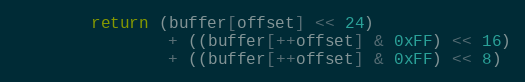
Language: Java
        return (buffer[offset] << 24)
                + ((buffer[++offset] & 0xFF) << 16)
                + ((buffer[++offset] & 0xFF) << 8)